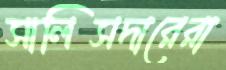
সালিসদারেরা